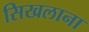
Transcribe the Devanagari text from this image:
सिखलाना